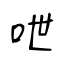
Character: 呭